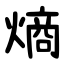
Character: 熵